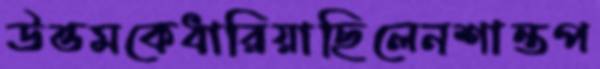
উত্তমকেধারিয়াছিলেনশান্তপ